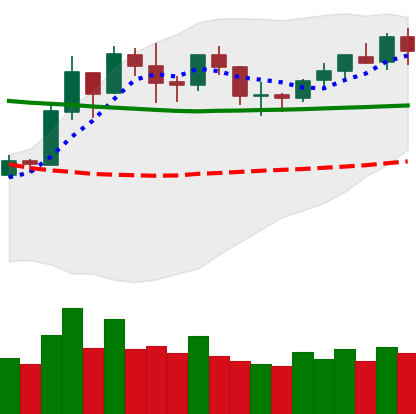
Ticker: BNB-USD
Chart end date: 2020-01-31
Forward return: 5.514%
Label: up_5_7